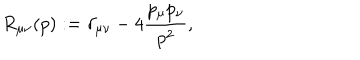
R _ { \mu \nu } ( p ) : = \delta _ { \mu \nu } - 4 { \frac { p _ { \mu } p _ { \nu } } { p ^ { 2 } } } ,